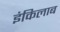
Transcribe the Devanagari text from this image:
इंकिलाब